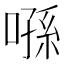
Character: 𠹀